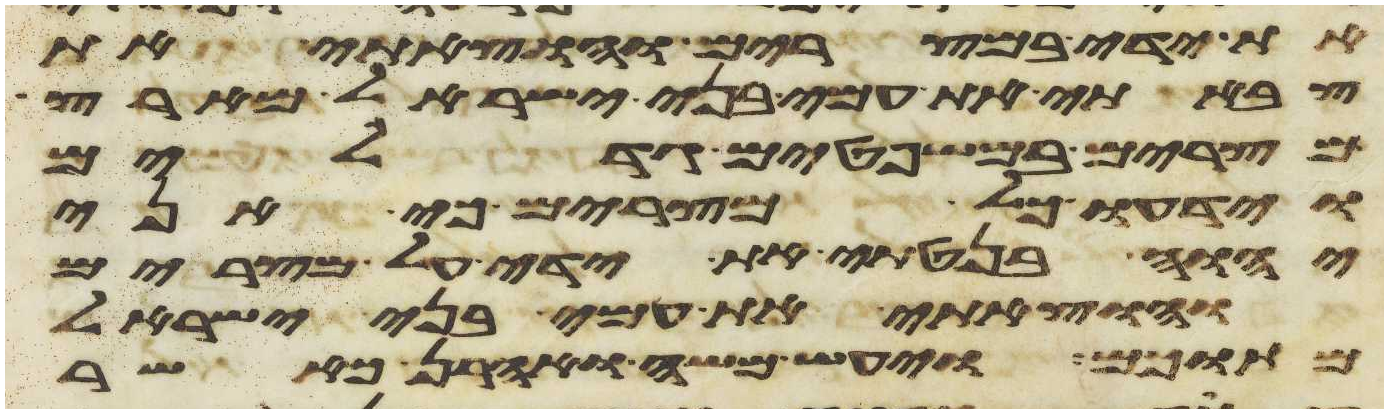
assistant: את ידי במצרים והוצאתי את
צבאתי את עמי בני ישראל מארץ
מצרים במשפטים גדלים
וידעו כל מצרים כי אני
יהוה בנטתי את ידי על מצרים
והוצאתי את עמי בני ישראל
מתוכם ויעש משה ואהרן כאשר